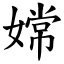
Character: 嫦